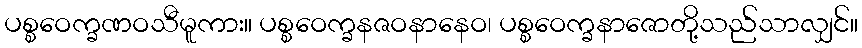
ပစ္စဝေက္ခဏဝသီမူကား။ ပစ္စဝေက္ခနဇဝနာနေဝ၊ ပစ္စဝေက္ခနာဇောတို့သည်သာလျှင်။